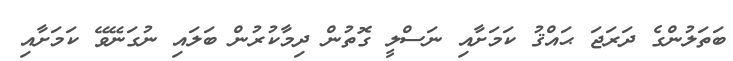
ބަތަލުންގެ ދަރަޖަ ޙައްޤު ކަމަށާއި ނަސްލީ ގޮތުން ދިމާކުރުން ބަލައި ނުގަނޭވޭ ކަމަށާއި